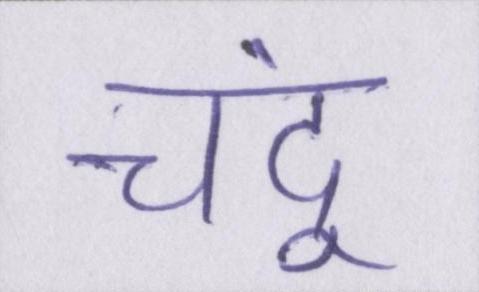
चंदू